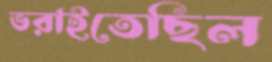
ভরাইতেছিল